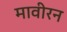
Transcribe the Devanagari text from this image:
मावीरन